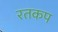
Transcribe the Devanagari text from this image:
रतकप